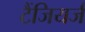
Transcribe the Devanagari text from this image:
टैंजियर्ज